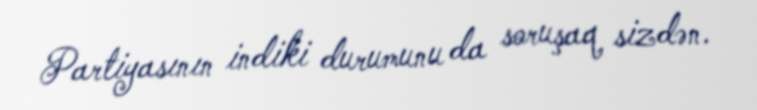
Partiyasının indiki durumunu da soruşaq sizdən.